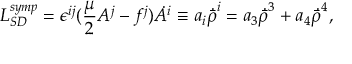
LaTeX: { \cal L } _ { S D } ^ { s y m p } = \epsilon ^ { i j } ( { \frac { \mu } { 2 } } A ^ { j } - f ^ { j } ) \dot { A } ^ { i } \equiv a _ { i } \dot { \bar { \rho } } ^ { i } = a _ { 3 } \dot { \bar { \rho } } ^ { 3 } + a _ { 4 } \dot { \bar { \rho } } ^ { 4 } ,